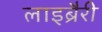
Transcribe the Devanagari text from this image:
लाइब्रैरी